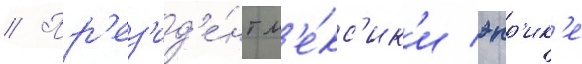
// Пр'ез'ид'е́нт м'е́кс'ик'и энр'ик'е